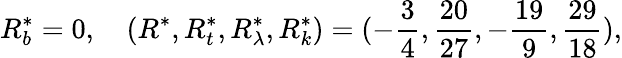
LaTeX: R_{b}^{*}=0,~~~~(R^{*},R_{t}^{*},R_{\lambda}^{*},R_{k}^{*})=(-{\frac{3}{4}},{\frac{20}{27}},-{\frac{19}{9}},{\frac{29}{18}}),